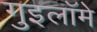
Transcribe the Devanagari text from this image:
गुइलॉमे